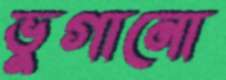
ভুগানো